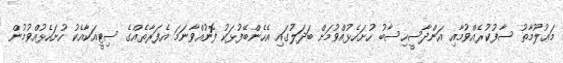
މަޢުލޫމާތު ސާފުކުރެއްވުމާއި އަންދާސީހިސާބު ހުށަހެޅުއްވުމަށް ބަދަލުގައި އެހެންބޭފުޅަކު ފޮނުއްވާނަމަ އެފަރާތެއްގެ ސިޓީއަކާއެކު ހުށަހެޅުއްވުމުން